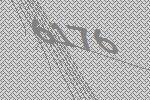
6176